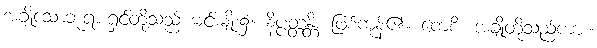
အချို့သောဘုရားရှင်တို့သည် မင်းမျိုး၌။ နိပ္ပတ္တန္တိ၊ ဖြစ်ကုန်၏။ ကေစိ၊ အချို့တို့သည်ကား။